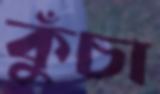
কুঁচা